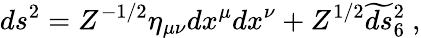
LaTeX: ds^{2}=Z^{-1/2}\eta_{\mu\nu}dx^{\mu}dx^{\nu}+Z^{1/2}\widetilde{ds}{}_{6}^{2}\ ,